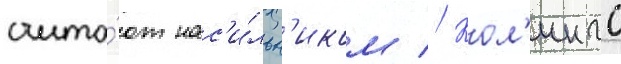
счита́ют нас'и́льн'иком // Кол'ингс